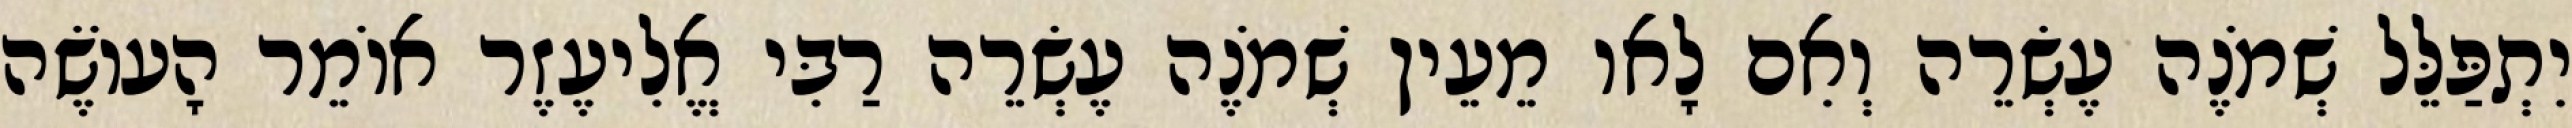
יִתְפַּלֵּל שְׁמֹנֶה עֶשְׂרֵה וְאִם לָאו מֵעֵין שְׁמֹנֶה עֶשְׂרֵה רַבִּי אֱלִיעֶזֶר אוֹמֵר הָעוֹשֶׂה